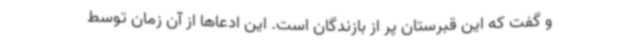
و گفت که این قبرستان پر از بازندگان است. این ادعاها از آن زمان توسط